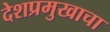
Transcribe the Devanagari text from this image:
देशप्रमुखाचा